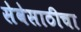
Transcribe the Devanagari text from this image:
सेवेसाठीचा